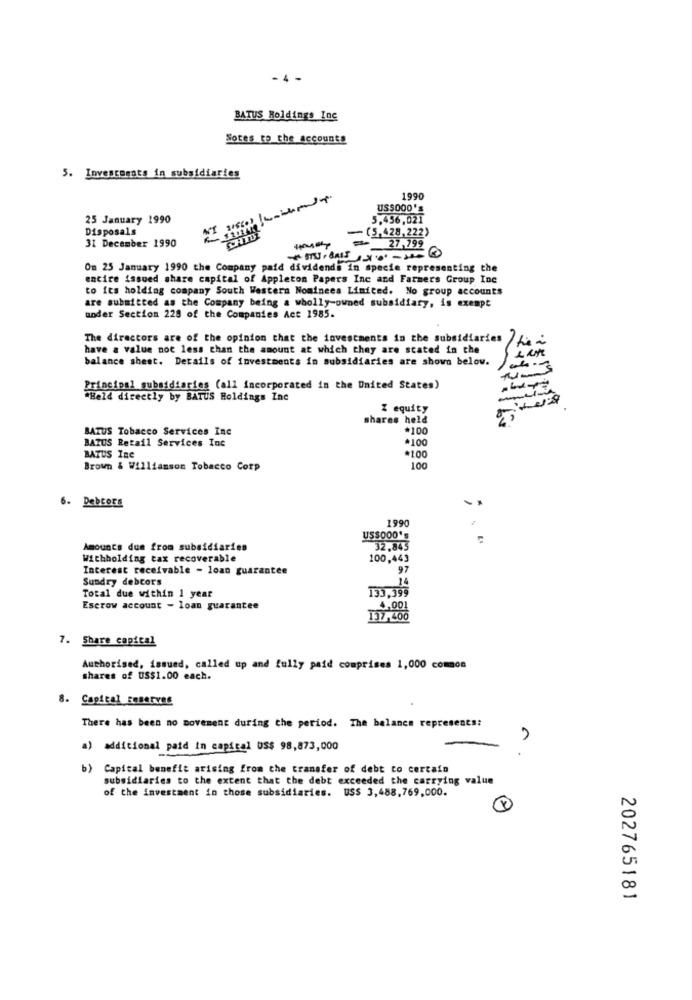
-4 -
BATUS Holdings Inc
Notes to the accounts
5. Investments in subsidiaries
1990
US$000's
25 January 1990
5.456,02]
Disposals
31 December 1990
- (5,428,222)
27,799
-
Om 25 January 1990 the Company paid dividends in specie representing the
encire issued share capital of Appleton Papers Inc and Farmers Group Inc
to its holding company South Western Nominees Limited. No group accounts
are submitted as the Company being a wholly-owned subsidiary, is exempt
under Section 228 of the Companies Act 1985.
The directors are of the opinion that the investments in the subsidiaries
have a value not less than the amount at which they are stated in the
balance sheet. Details of investments in subsidiaries are shown below.
Principal subsidiaries (all incorporated in the United States)
"Held directly by BATUS Holdings Inc
Z equity
shares held
BATUS Tobacco Services Inc
*100
BATUS Retail Services Inc
*100
*100
BATUS Ine
Brown & Williamson Tobacco Corp
100
6. Debtors
1990
US$000's
Amounts dum from subsidiaries
32,843
Withholding tax recoverable
100,443
Interest receivable - loan guarantee
97
Sundry debtors
133,399
Total due within 1 year
Escrow account - loan guarantee
4,001
7. Share capital
Authorised, issued, called up and fully paid comprises 1,000 common
shares of US$1.00 each.
8.
Capital Reserves
There has been no movement during the period. The balance represents:
a) additional paid in capital US$ 98,873,000
. .
b) Capital benefit arising from the transfer of debt to certain
subsidiaries to the extent that the debt exceeded the carrying value
of the investment in those subsidiaries. US$ 3,488,769,000.
202765181